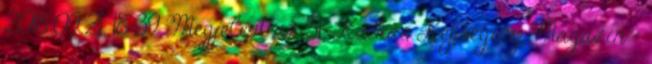
2018.09.21. 18:39 Megjelent az 51. Kockás Képregény Magazin -